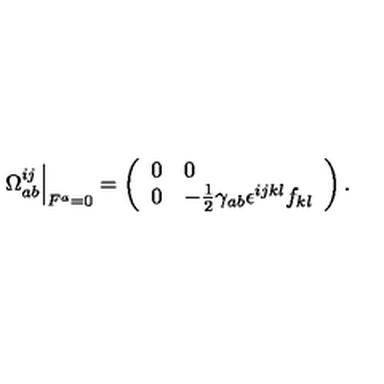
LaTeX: \left. \Omega _ { a b } ^ { i j } \right| _ { F ^ { a } = 0 } = \left( \begin{array} { l l } { 0 } & { 0 } \\ { 0 } & { - \frac { 1 } { 2 } \gamma _ { a b } \epsilon ^ { i j k l } f _ { k l } } \\ \end{array} \right) .